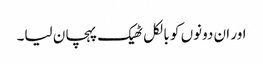
اور ان دونوں کو بالکل ٹھیک پہچان لیا۔